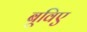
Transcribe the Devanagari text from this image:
बूविए